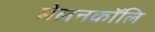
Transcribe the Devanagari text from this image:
मेलनकॉलि